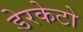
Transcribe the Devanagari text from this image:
डेरकेटो